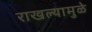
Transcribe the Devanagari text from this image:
राखल्यामुळे